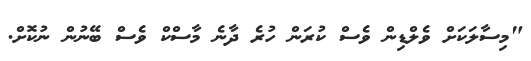
"މިސާލަކަށް ވެލްޑިން ވެސް ކުރަން ހުރެ ދާނެ މާސްކް ވެސް ބޭނުން ނުކޮށް.